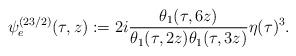
LaTeX: \begin{align*}\psi^{(23/2)}_{e}(\tau,z):=2i\frac{\theta_1(\tau,6z)}{\theta_1(\tau,2z)\theta_1(\tau,3z)}\eta(\tau)^3.\end{align*}